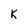
Character: K